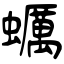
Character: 蠣